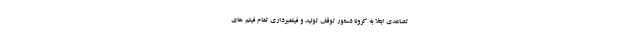
تصاعدی ابتلا به کرونا دستور توقف تولید و فیلمبرداری تمام فیلم های